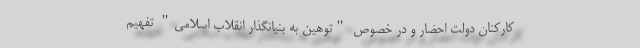
کارکنان دولت احضار و در خصوص "توهین به بنیانگذار انقلاب اسلامی" تفهیم